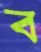
ব